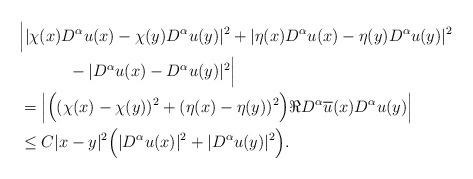
\begin{align*}&\Big| |\chi(x) D^\alpha u (x) - \chi(y) D^\alpha u (y)|^2 + |\eta(x) D^\alpha u (x) - \eta(y) D^\alpha u (y)|^2 \\&\quad\qquad- |D^\alpha u(x)- D^\alpha u(y)|^2 \Big| \\&= \left| \Big( (\chi(x)-\chi(y))^2 + (\eta(x)-\eta(y))^2 \Big) \Re D^\alpha \overline{u}(x)D^\alpha u(y) \right| \\&\leq C |x-y|^2 \Big( |D^\alpha u(x)|^2 + |D^\alpha u(y)|^2 \Big).\end{align*}